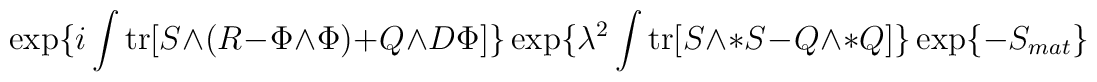
\exp \{ i \int \mbox{tr} [S \wedge(R - \Phi \wedge \Phi ) + Q \wedge D \Phi ] \} \exp \{ \lambda  ^2\int \mbox{tr} [S \wedge *S - Q \wedge *Q] \} \exp \{ -S_{mat} \}\label X